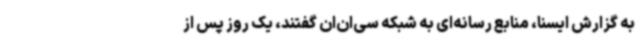
به گزارش ایسنا، منابع رسانه‌ای به شبکه سی‌ان‌ان گفتند، یک روز پس از